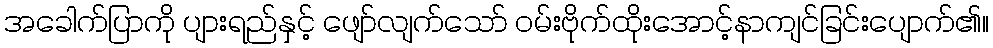
အခေါက်ပြာကို ပျားရည်နှင့် ဖျော်လျက်သော် ဝမ်းဗိုက်ထိုးအောင့်နာကျင်ခြင်းပျောက်၏။